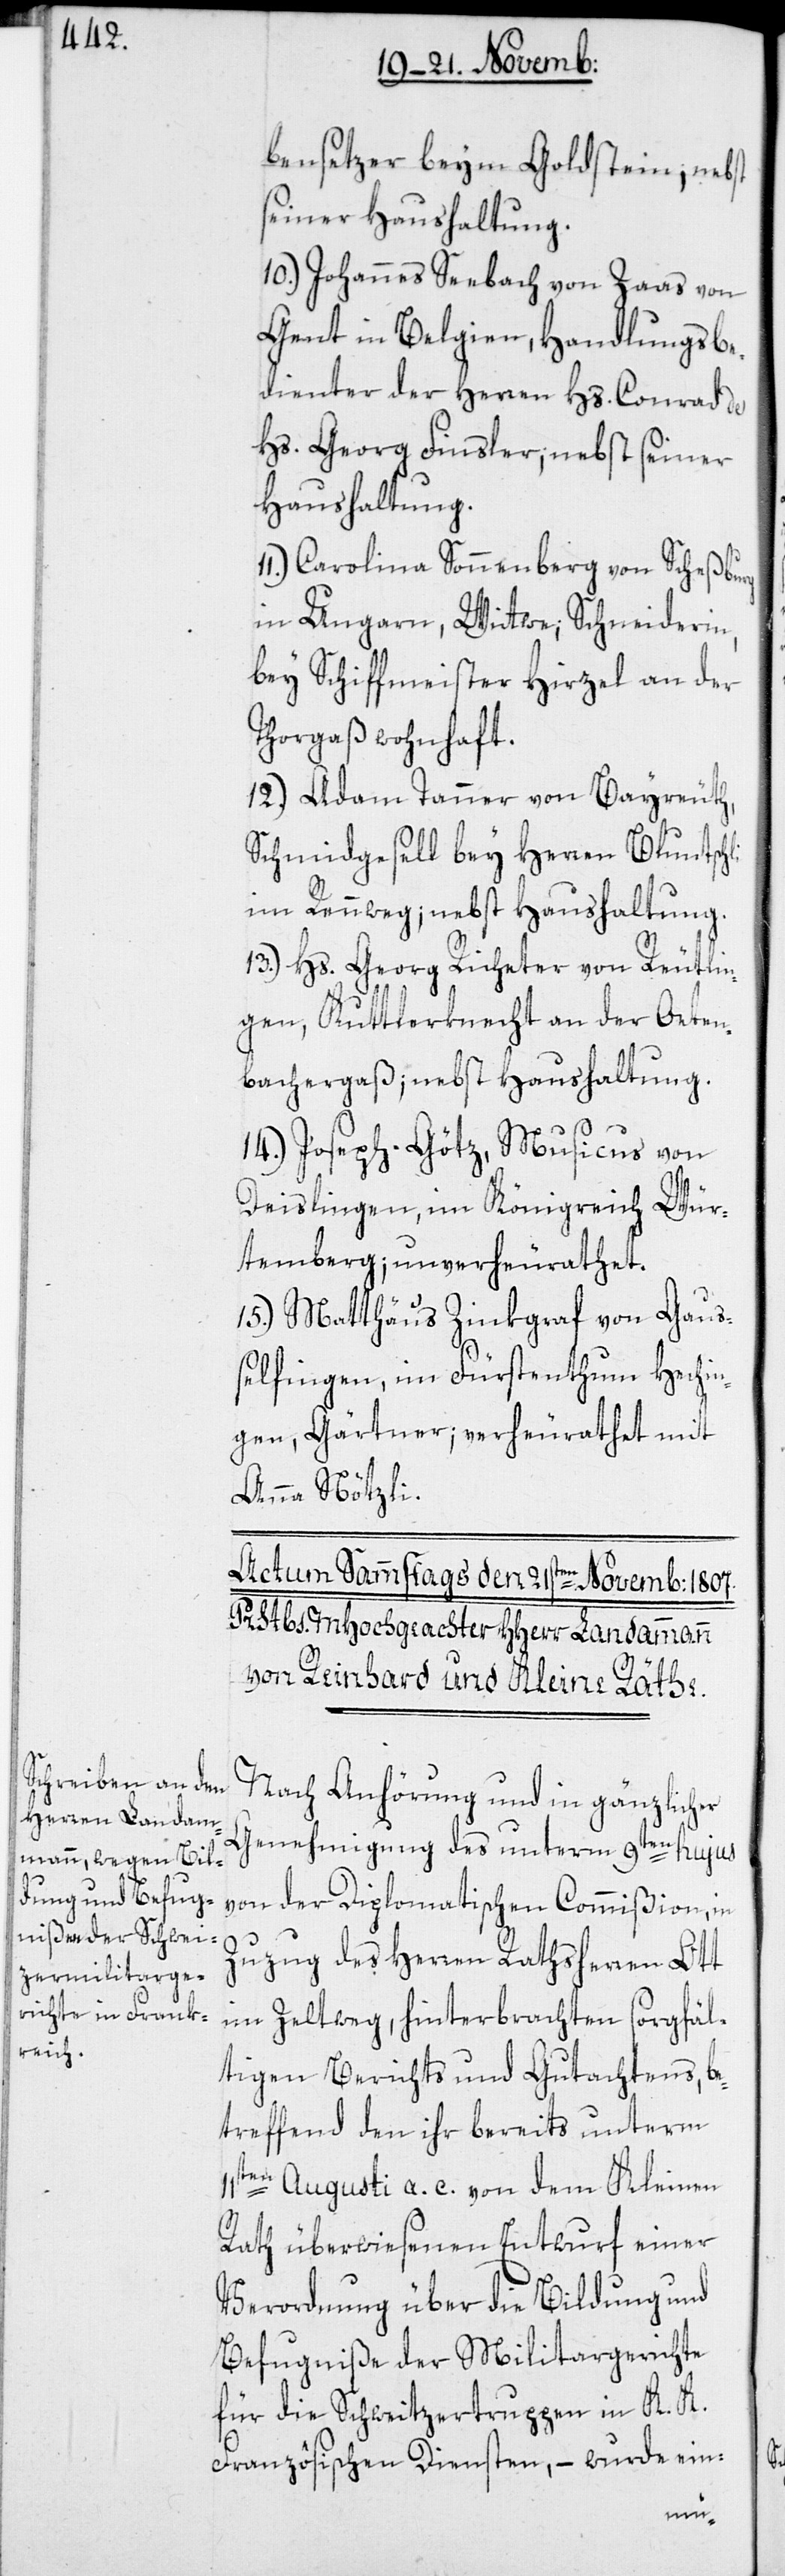
li

bensetzer beym Goldstein; nebst
seiner Haushaltung.
10.) Johannes Seebach von Zaas von
Gent in Belgien, Handlungsbe¬
dienter der Herren Hs. Conrad de
Hs. Georg Finsler; nebst seiner
Haushaltung.
Carolina Sonnenberg von Scheßburg
in Ungarn, Wittwe; Schneiderin,
bey Schiffmeister Hirzel an der
Thorgaß wohnhaft.
12.) Adam Tanner von Bayreuth,
Schmidgesell bey Herren Bluntsch¬
im Rennweg; nebst Haushaltung.
13.) Hs. Georg Richeter von Reutlin¬
gen, Kuttlerknecht an der Oeten¬
bachergaß; nebst Haushaltung.
14.) Joseph Götz, Musicus von
Deislingen, im Königreich Wür¬
temberg; unverheurathet.
15.) Matthäus Zinkgraf von Gauß¬
elfingen, im Fürstenthum Hechin¬
gen, Gärtner; verheurathet mit
Anna Nötzli.
Nach Anhörung und in gänzlicher
Genehmigung des unterm 9ten hujus
von der Diplomatischen Commißion, in
Zuzug des Herren Rathsherren Ott
im Zeltweg, hinterbrachten sorgfäl¬
tigen Berichts und Gutachtens, be¬
treffend den ihr bereits unterm
11ten Augusti a. c. von dem Kleinen
Rath überwiesenen Entwurf einer
Verordnung über die Bildung und
Befugniße der Militargerichte
für die Schweitzertruppen in K. K.
Französischen Diensten, – wurde ein-